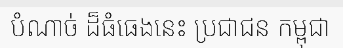
បំណាច់ ដ៏ធំធេងនេះ ប្រជាជន កម្ពុជា